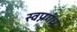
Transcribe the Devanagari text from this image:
स्वप्नगंध